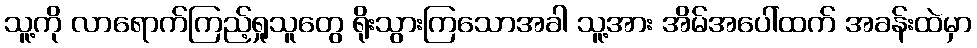
သူ့ကို လာရောက်ကြည့်ရှုသူတွေ ရိုးသွားကြသောအခါ သူ့အား အိမ်အပေါ်ထက် အခန်းထဲမှာ